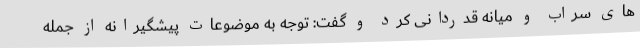
های سراب و میانه قدردانی کرد و گفت: توجه به موضوعات پیشگیرانه از جمله